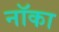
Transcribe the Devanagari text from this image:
नॉका